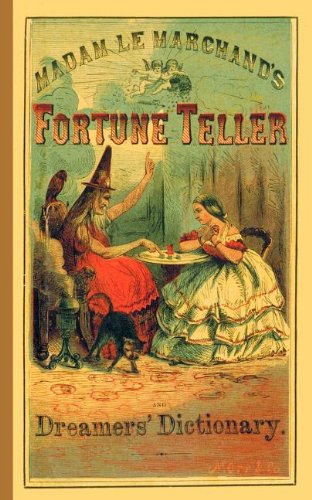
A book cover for Fortune Teller and Dreamer's Dictionary; Madame Le Marchand; Self-Help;